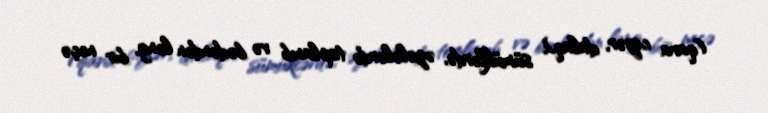
(qara ciyər, dalaq), sümüklərdə, əzələlərdə toplanıb və bədəndən ləng, bir neçə